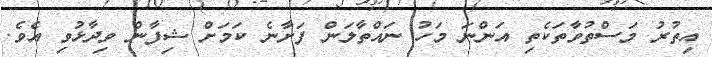
އިތުރު މަސްތުވާތަކެތި އަންނަ މަހު ނައްތާލަން ފަށާނެ ކަމަށް ޝިފާން ވިދާޅުވި އެވެ.